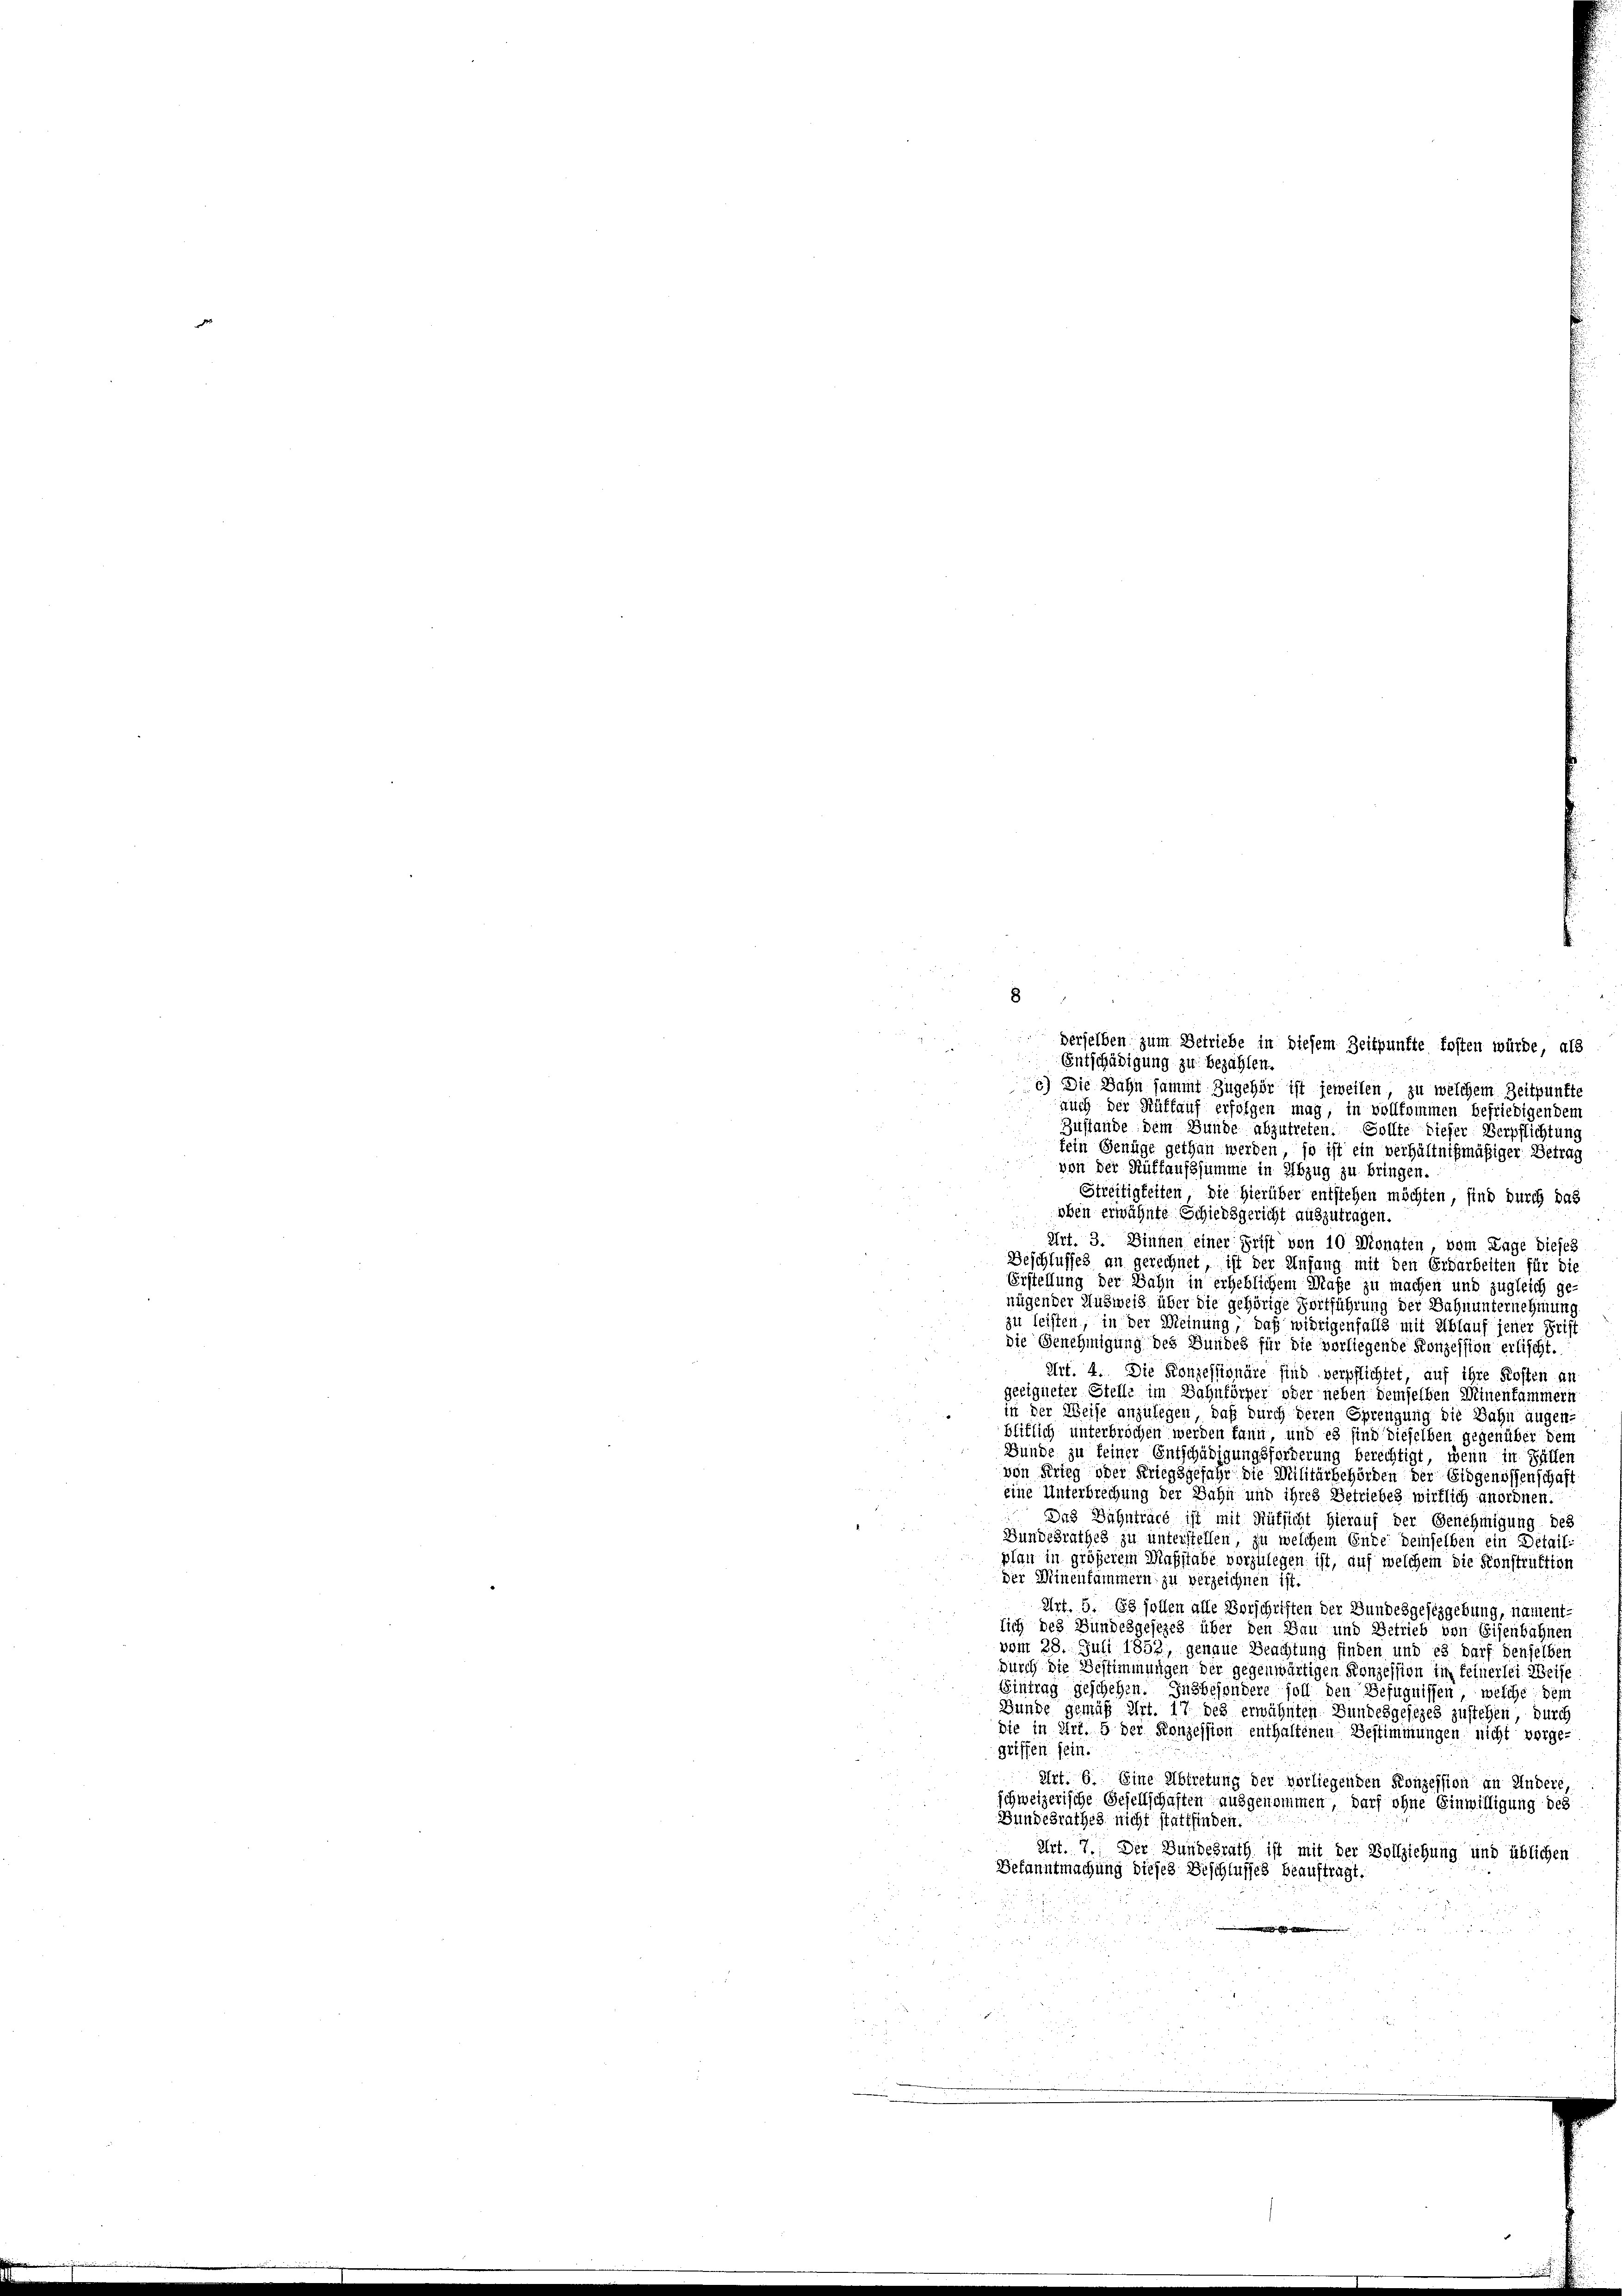
derselben zum Betriebe in diesem Zeitpunkte fosten würde, als
Entschädigung zu bezahlen.
6) Die Bahn sammt Zugehör ist jeweilen, zu welchem Zeitpunkte
auch der Ruffauf erfolgen mag, in vollkommen befriedigendem
Zustande dem Bunde abzutreten. Sollte dieser Verpflichtung
fein Genüge gethan werden, so ist ein verhältnißmäßiger Betrag
von der Ruffaufssumme in Abzug zu bringen.
Streitigkeiten, die hierüber entstehen möchten, sind durch das
oben erwähnte Schiedsgericht auszutragen.
Art. 3. Dienen einer Frist von 10 Monaten, vom Lage dieses
Beschlusses an gerechnet, ist der Anfang mit den Erdarbeiten für die
Erstellung der Bahn in erheblichem Maße zu machen und zugleich ge-
nügender Ausweis über die gehörige Fortführung der Bahnunternehmung
zu leisten, in der Meinung, daß widrigenfalls mit Ablauf jener Frist
die Genehmigung des Bundes für die vorliegende Konzession erlischt.
Art. 4. Die Konzessionäre sind verpflichtet, auf ihre Kosten an
geeigneter Stelle im Bahnförper ober neben demselben Minenfammern
in der Weise anzulegen, daß durch deren Sprengung die Bahn augen
bliflich unterbrochen werden kann, und es sind dieselben gegenüber dem
Bunde zu feiner Entschädigungsforderung berechtigt, wenn in Fällen
von Krieg oder Kriegsgefahr die Militärbehörden der Eidgenossenschaft
eine Unterbrechung der Bahn und ihres Betriebes wirklich anordnen.
Das Bahntract ist mit Rüksicht hierauf der Genehmigung des
Bundesrathes zu unterstellen, zu welchem Ente demselben ein Detailplan in größerem Maßstabe vorzulegen ist, auf welchem die Konstruktion
der Minenfammern zu verzeichnen ist.
Art. 5. 153 sollen alle Vorschriften der Bundesgestzgebung, nament-
lich des Bundesgesezes über den Bau und Betrieb von Eisenbahnen
vom 28. Juli 1853, genaue Beachtung finden und es darf denselben
durch die Bestimmungen der gegenwärtigen Konzession im feinerlei Weise
Eintrag geschehen. Insbesondere soll den Befugnissen, welche dem
Bunde gemäß Art. 17 des erwähnten Bundesgesezes zustehen, durch
die in Art. b der Konzession enthaltenen Bestimmungen nicht vorge-
griffen sein.
Art. 6. Eine Abtretung der vorliegenden Konzession an Andere,
schweizerische Gesellschaften ausgenommen, darf ohne Einwilligung des
Bundesrathes nicht stattfinden.
Art. 7. Der Bundesrath ist mit der Vollziehung und üblichen
Bekanntmachung dieses Beschlusses beauftragt.